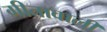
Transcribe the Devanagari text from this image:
गीतावाली